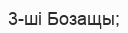
3-ші Бозащы;